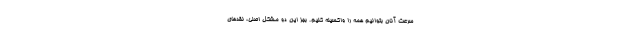
سرعت آنان بتوانیم همه را واکسینه کنیم. بجز این دو مشکل اصلی، نقدهای